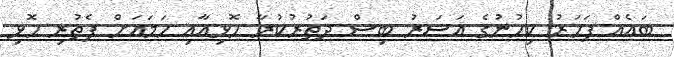
ބައެއް ފަހަރު ކިހުނުގެ އަސަރު ބިސް ދަތުރުކުރާ ހޮޅިއާއި ހަަމައަށް ފެތުރި ހޮޅި